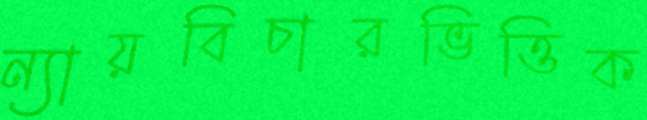
ন্যায়বিচারভিত্তিক